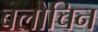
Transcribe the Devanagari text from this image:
बलोचिन